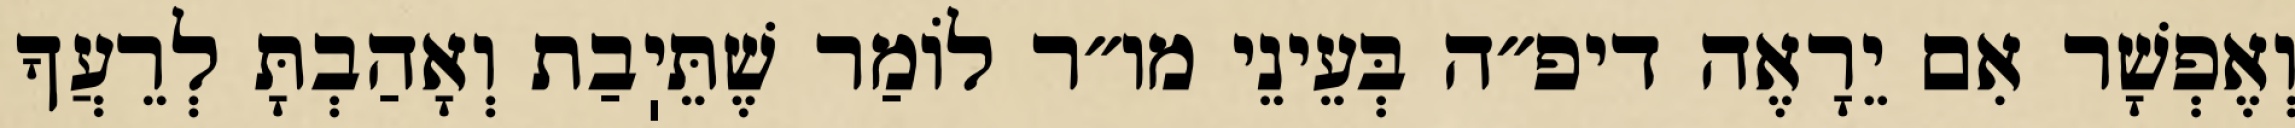
וְאֶפְשָׁר אִם יֵרָאֶה דיפ״ה בְּעֵינֵי מו״ר לוֹמַר שֶׁתֵּיֽבַת וְאָהַבְתָּ לְרֵעֲךָ